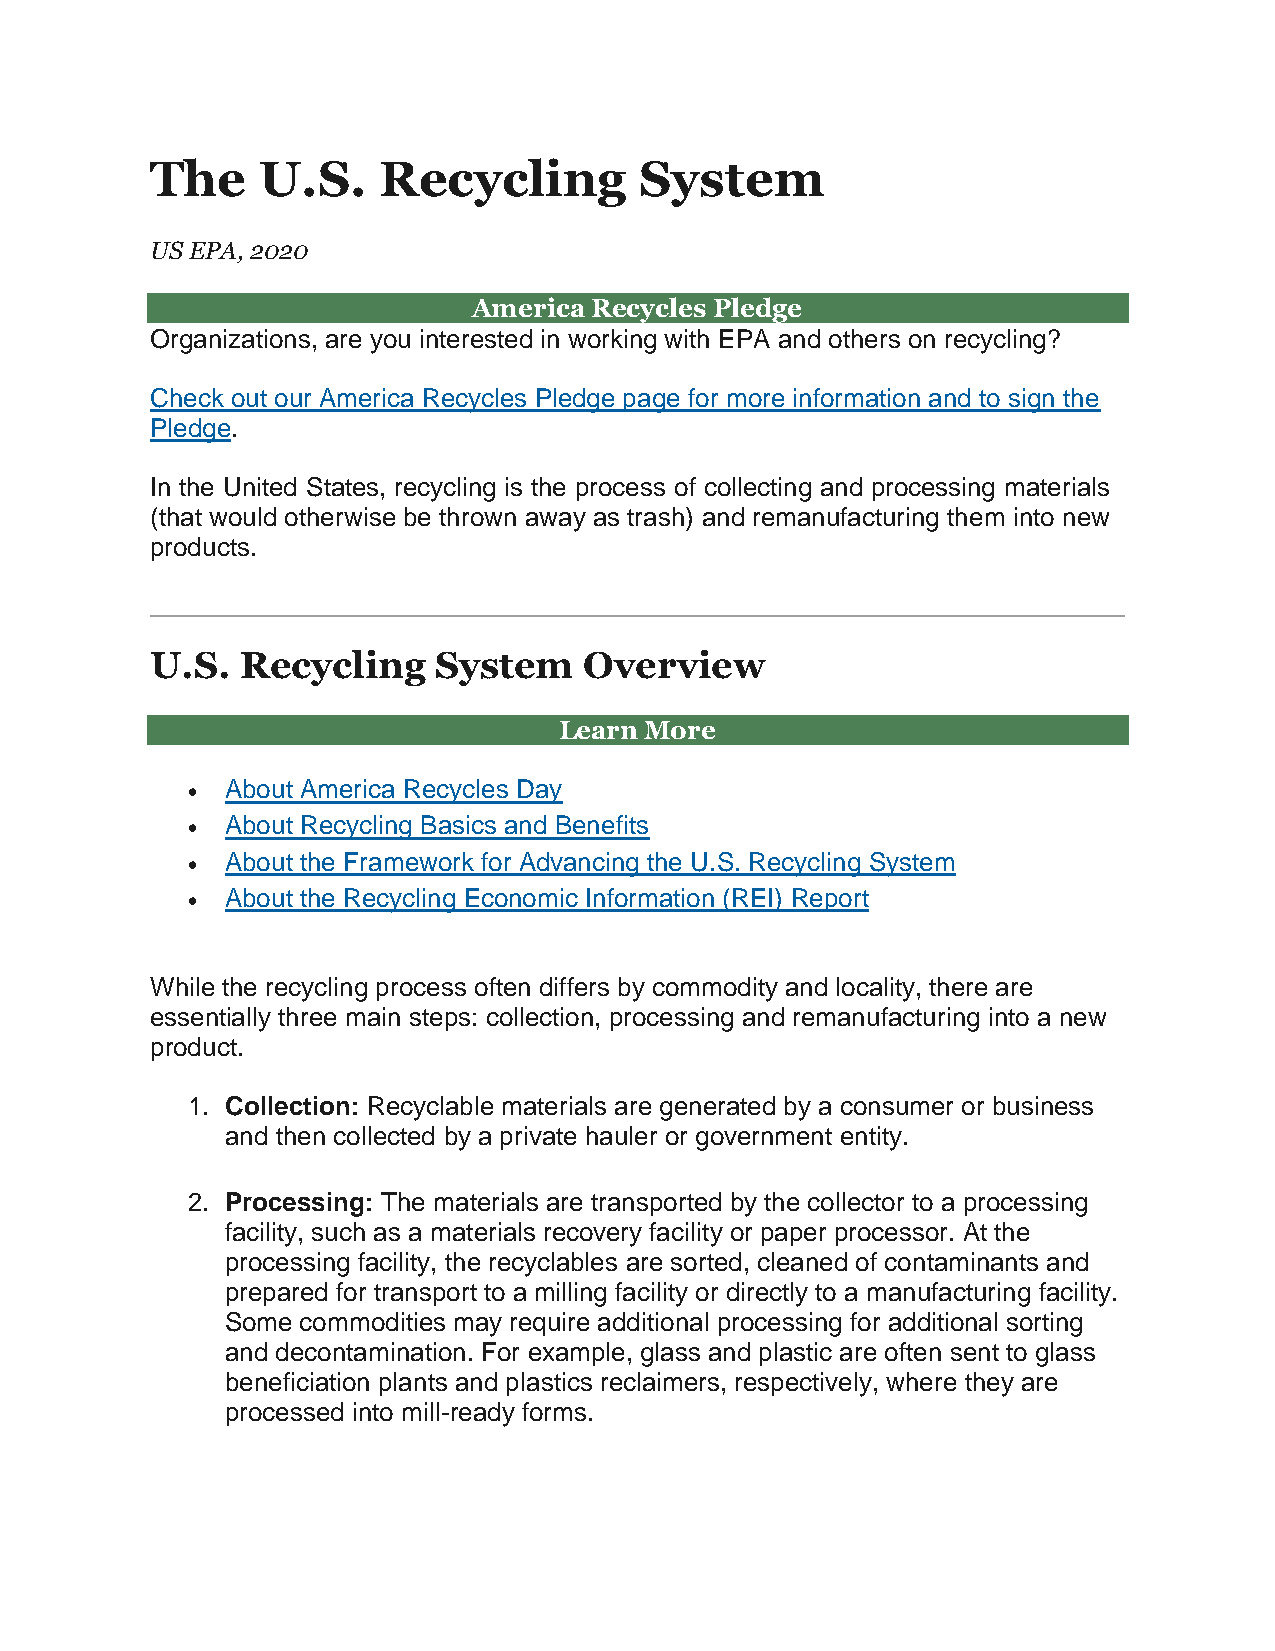
The    U.S.    Recycling        System
 US EPA, 2020
 America Recycles Pledge
 Organizations, are you interested in working with EPA and others on recycling?
 Check out our America Recycles Pledge page for more information and to sign the
 Pledge.
 In the United States, recycling is the process of collecting and processing materials
 (that would otherwise be thrown away as trash) and remanufacturing them into new
 products.
 U.S.  Recycling    System    Overview
 Learn More
   About America Recycles Day
   About Recycling Basics and Benefits
   About the Framework for Advancing the U.S. Recycling System
   About the Recycling Economic Information (REI) Report
 While the recycling process often differs by commodity and locality, there are
 essentially three main steps: collection, processing and remanufacturing into a new
 product.
 1. Collection: Recyclable materials are generated by a consumer or business
 and then collected by a private hauler or government entity.
 2. Processing: The materials are transported by the collector to a processing
 facility, such as a materials recovery facility or paper processor. At the
 processing facility, the recyclables are sorted, cleaned of contaminants and
 prepared for transport to a milling facility or directly to a manufacturing facility.
 Some commodities may require additional processing for additional sorting
 and decontamination. For example, glass and plastic are often sent to glass
 beneficiation plants and plastics reclaimers, respectively, where they are
 processed into mill-ready forms.